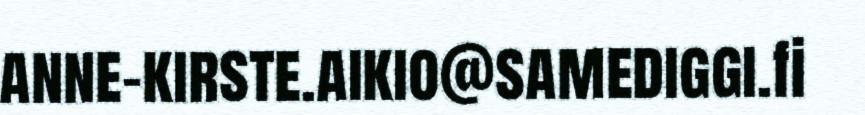
anne-kirste.aikio@samediggi.fi